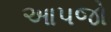
આપજો